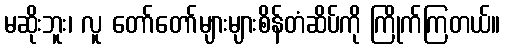
မဆိုးဘူး၊ လူ တော်တော်များများစိန်တံဆိပ်ကို ကြိုက်ကြတယ်။